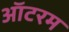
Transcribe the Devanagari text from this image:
ऑटरम